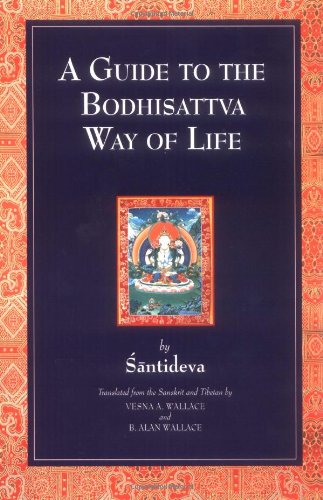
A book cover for A Guide to the Bodhisattva Way of Life; Santideva; Religion & Spirituality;